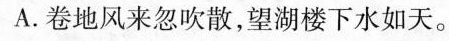
A.卷地风来忽吹散，望湖楼下水如天。